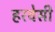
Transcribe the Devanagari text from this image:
हरवेसी